Indian journal of veterinary science and animal husbandry - Volumes 28-29, 1958-1959
Year: 1958
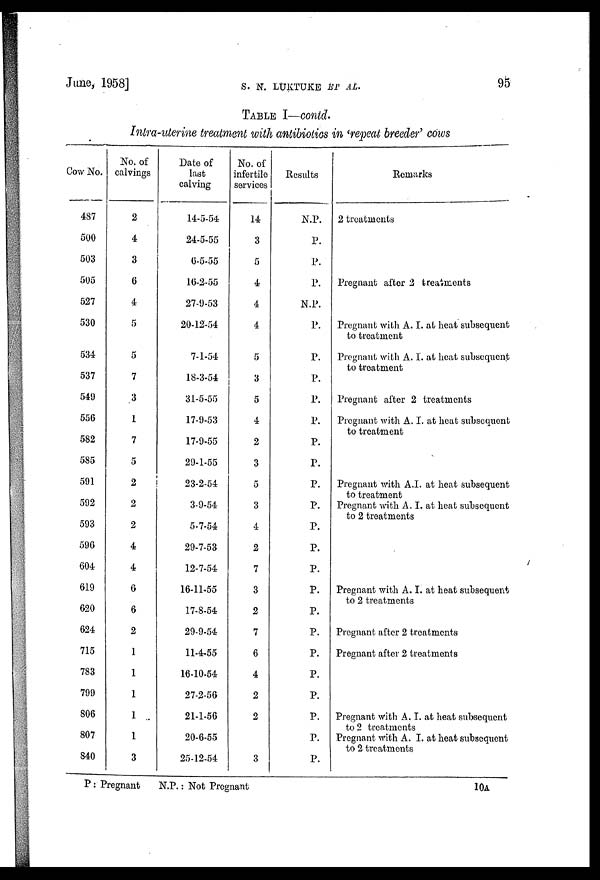
June,
1958]
S.
N.
LUKTUKE
ET
AL.
95
TABLE I—contd.
Intra-uterine treatment with antibiotics in 'repeat breeder' cows
Cow No.
487
500
503
505
527
530
534
537
549
556
582
585
591
592
593
596
604
619
620
624
715
783
799
806
807
840
No. of
calvings
2
4
3
6
4
5
5
7
3
1
7
5
2
2
2
4
4
6
6
2
1
1
1
1
1
3
Date of
last
calving
14-5-54
24-5-55
6-5-55
16-2-55
27-9-53
20-12-54
7-1-54
18-3-54
31-5-55
17-9-53
17-9-55
29-1-55
23-2-54
3-9-54
5-7-54
29-7-53
12-7-54
16-11-55
17-8-54
29-9-54
11-4-55
16-10-54
27-2-56
21-1-56
20-6-55
25-12-54
No. of
infertile
services
14
3
5
4
4
4
5
3
5
4
2
3
5
3
4
2
7
3
2
7
6
4
2
2
3
Results
N.P.
P.
P.
P.
N.P.
P.
P.
P.
P.
P.
P.
P.
P.
P.
P.
P.
P.
P.
P.
P.
P.
P.
P.
P.
P.
P.
Remarks
2 treatments
Pregnant after 2 treatments
Pregnant with A. I. at heat subsequent
to treatment
Pregnant with A. I. at heat subsequent
to treatment
Pregnant after 2 treatments
Pregnant with A. I. at heat subsequent
to treatment
Pregnant with A.I. at heat subsequent
to treatment
Pregnant with A. I. at heat subsequent
to 2 treatments
Pregnant with A. I. at heat subsequent
to 2 treatments
Pregnant after 2 treatments
Pregnant after 2 treatments
Pregnant with A. I. at heat subsequent
to 2 treatments
Pregnant with A. I. at heat subsequent
to 2 treatments
P : Pregnant
N.P.: Not Pregnant
10A